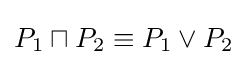
P_{1}\sqcap P_{2}\equiv P_{1}\lor P_{2}